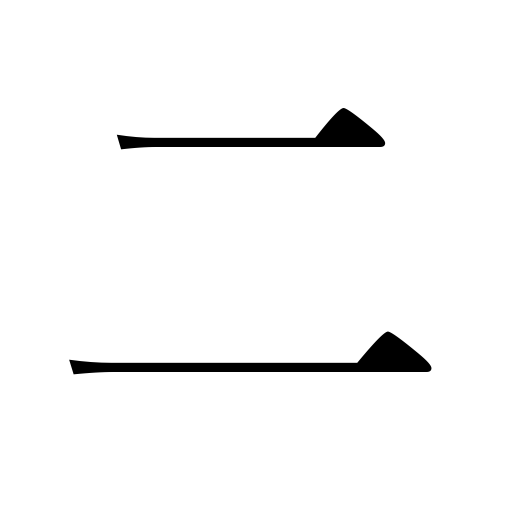
Meanings: two,second